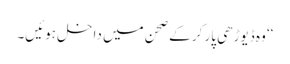
‘‘ وہ ڈیوڑھی پار کر کے صحن میں داخل ہوئیں۔